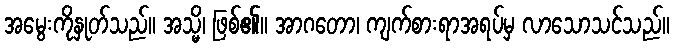
အမွေးကိုနှုတ်သည်။ အသ္မိ၊ ဖြစ်၏။ အာဂတော၊ ကျက်စားရာအရပ်မှ လာသောသင်သည်။